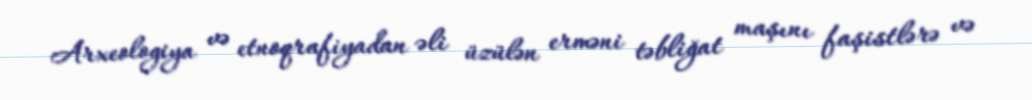
Arxeologiya və etnoqrafiyadan əli üzülən erməni təbliğat maşını faşistlərə və